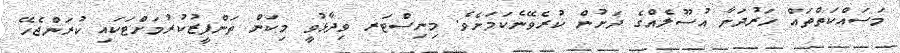
މަސައްކަތްތައް ހަރުދަނާ އުސޫލެއްގެ ދަށުން ކުރެވޭނެކަމަށެވެ. މިނިސްޓަރ ވިދާޅުވީ މިކަން ތަންފީޒުކުރުމަށްޓަކައި ކުރަންޖެހޭ